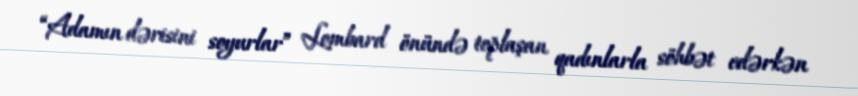
“Adamın dərisini soyurlar” Lombard önündə toplaşan qadınlarla söhbət edərkən